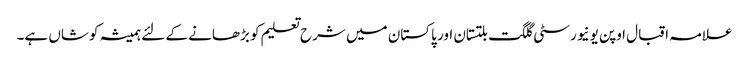
علامہ اقبال اوپن یونیورسٹی گلگت بلتستان اور پاکستان میں شرح تعلیم کو بڑھانے کے لئے ہمیشہ کوشاں ہے۔